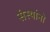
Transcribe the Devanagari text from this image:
संस्थांनो